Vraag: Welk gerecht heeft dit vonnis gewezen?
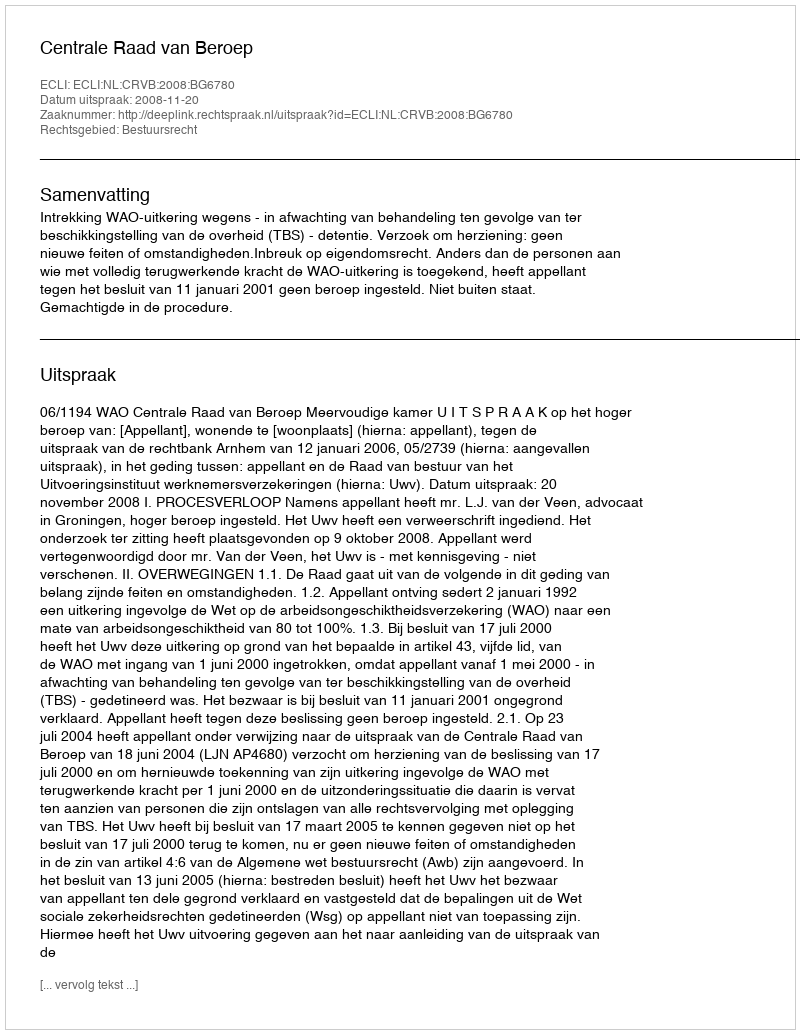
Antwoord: Centrale Raad van Beroep